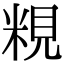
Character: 粯